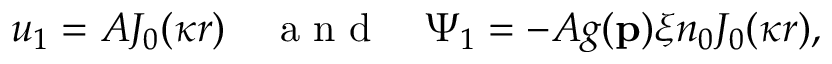
u _ { 1 } = A J _ { 0 } ( \kappa r ) \quad \mathrm { ~ a ~ n ~ d ~ } \quad \Psi _ { 1 } = - A g ( \mathbf { p } ) \xi n _ { 0 } J _ { 0 } ( \kappa r ) ,